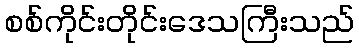
စစ်ကိုင်းတိုင်းဒေသကြီးသည်